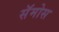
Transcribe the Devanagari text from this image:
सॅमोस